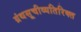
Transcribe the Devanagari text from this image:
ग्रंथसूचीव्यतिरिक्त